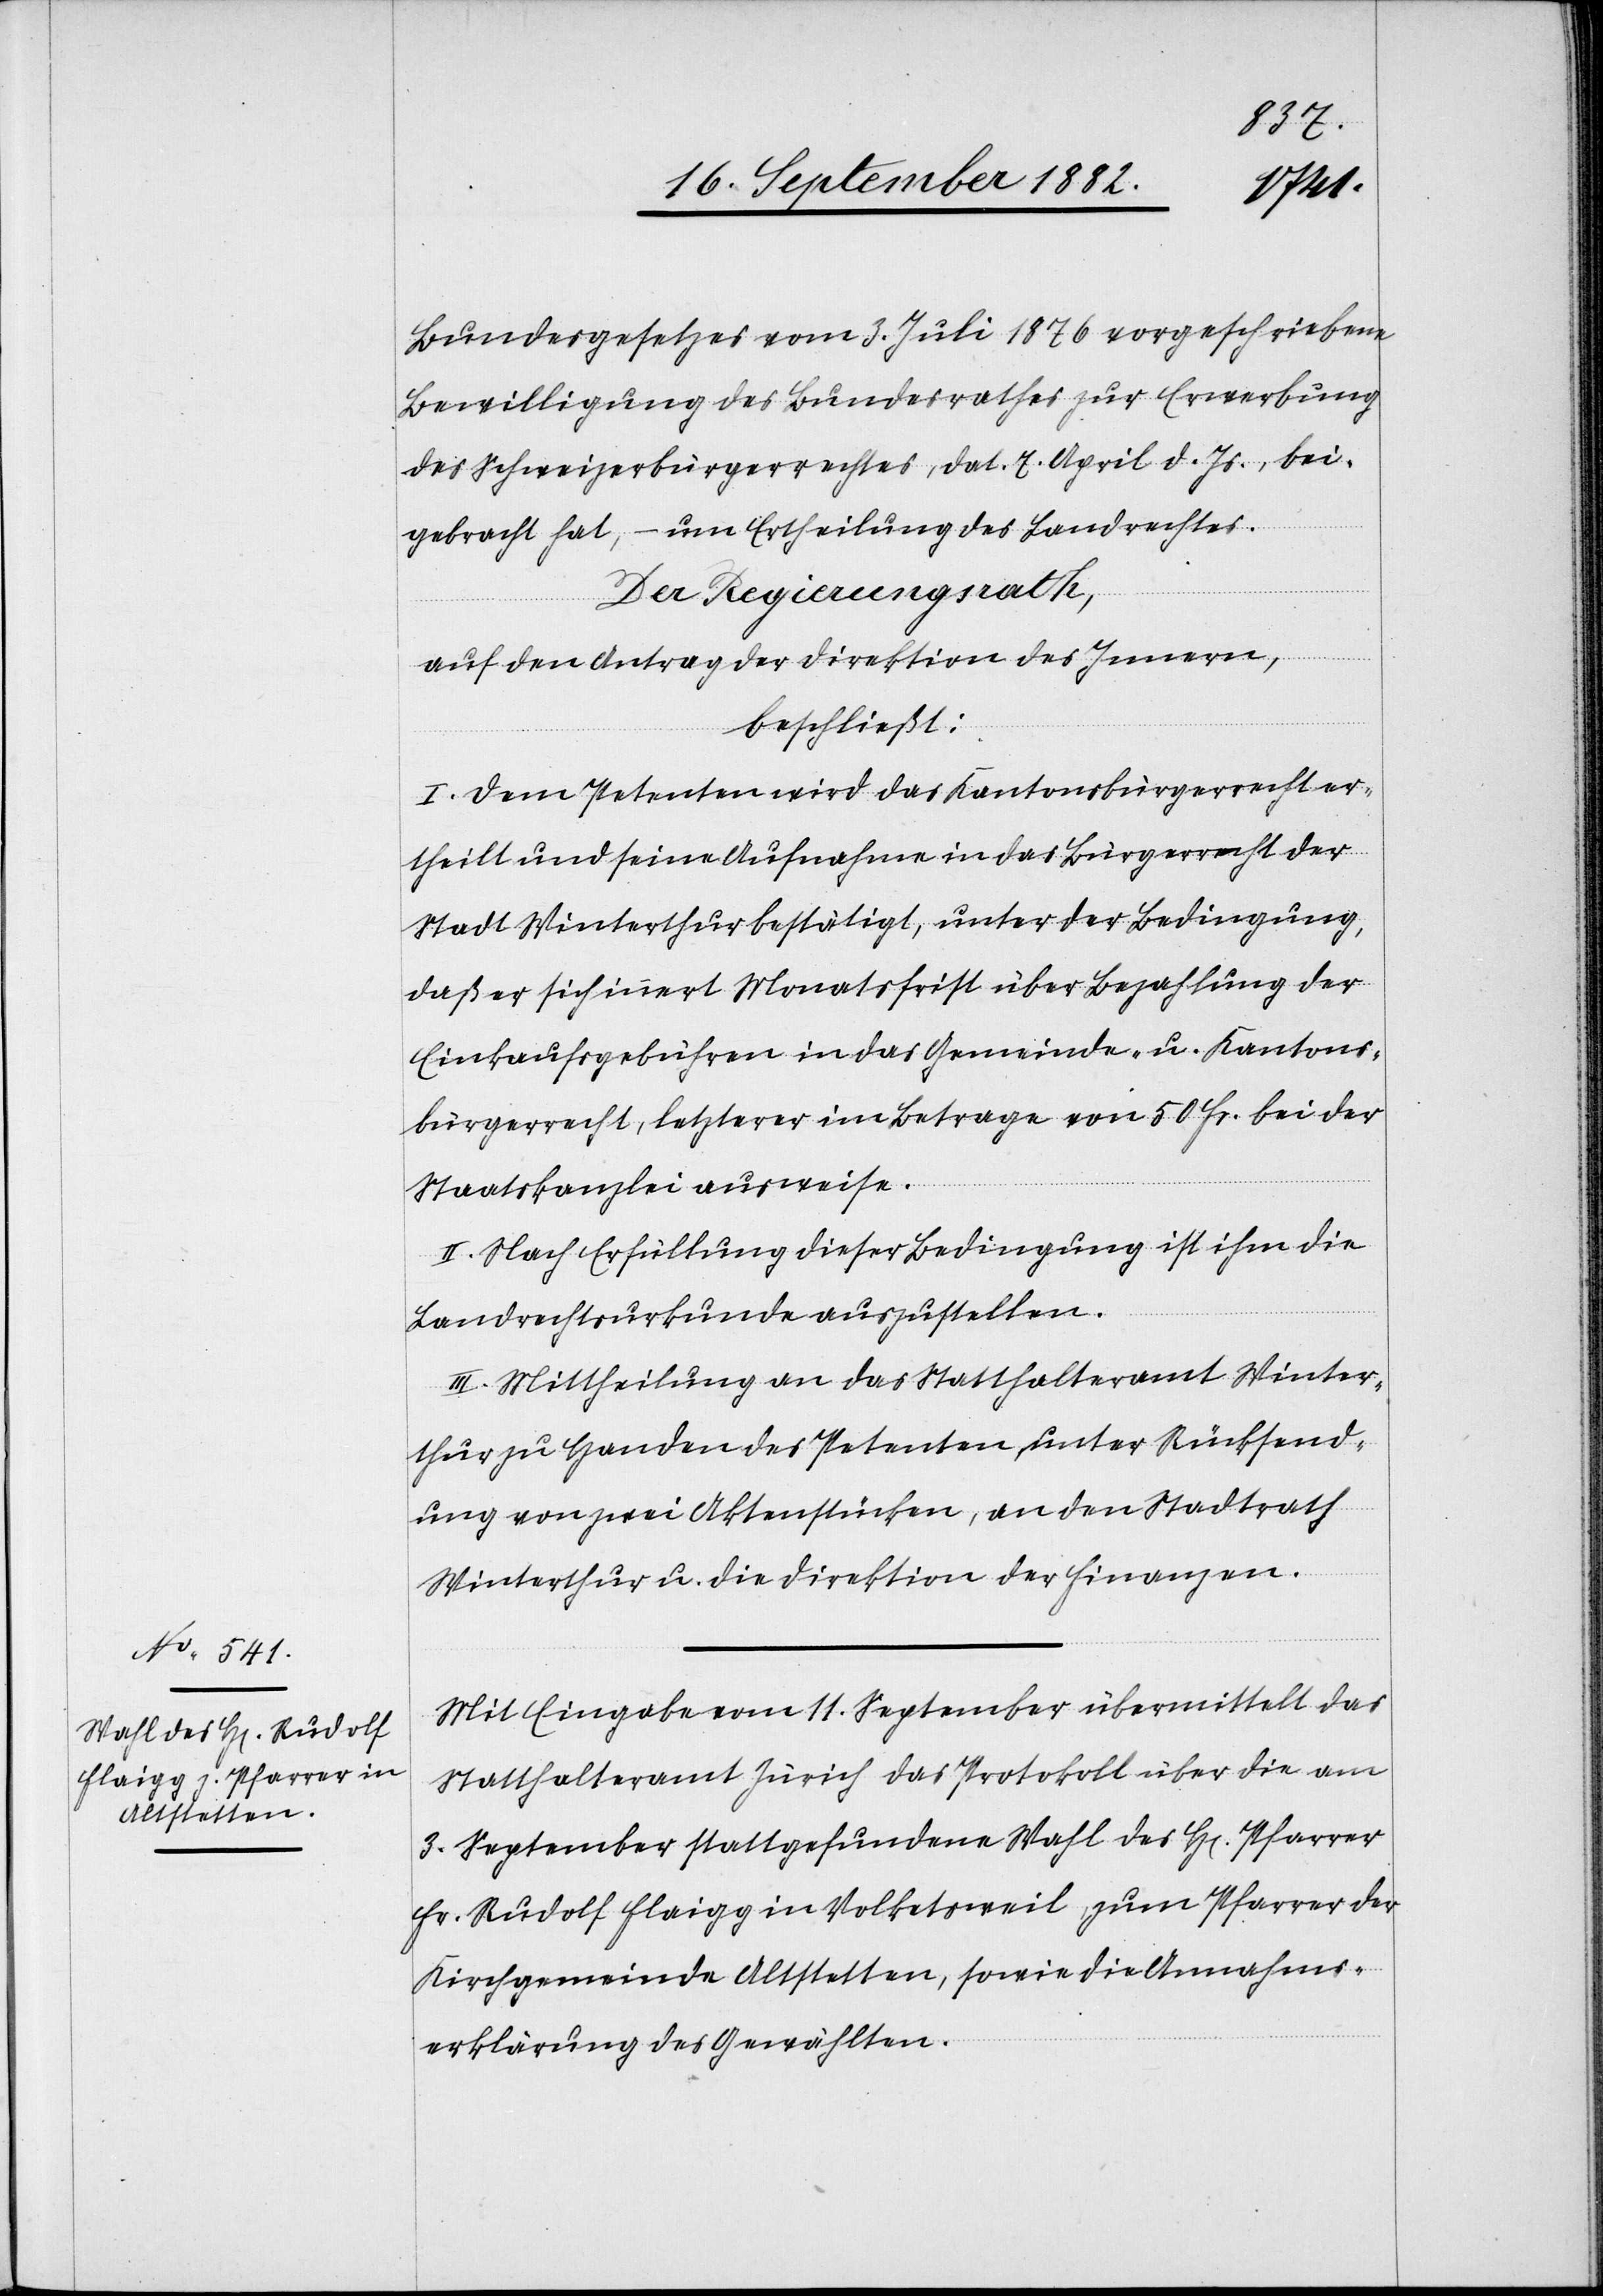
Bundesgesetzes vom 3. Juli 1876 vorgeschriebene
Bewilligung des Bundesrathes zur Erwerbung
des Schweizerbürgerrechtes, dat. 7. April d. Js., bei¬
gebracht hat, – um Ertheilung des Landrechtes.
Der Regierungsrath,
auf den Antrag der Direktion des Innern,
beschließt:
I. Dem Petenten wird das Kantonsbürgerrecht er¬
theilt und seine Aufnahme in das Bürgerrecht der
Stadt Winterthur bestätigt, unter der Bedingung,
daß er sich innert Monatsfrist über Bezahlung der
Einkaufsgebühren in das Gemeinde- u. Kantons¬
bürgerrecht, letzterer im Betrage von 50 Fr. bei der
Staatskanzlei ausweise.
II. Nach Erfüllung dieser Bedingung ist ihm die
Landrechtsurkunde auszustellen.
III. Mittheilung an das Statthalteramt Winter¬
thur zu Handen des Petenten, unter Rücksend¬
ung von zwei Aktenstücken, an den Stadtrath
Winterthur u. die Direktion der Finanzen.
Mit Eingabe vom 11. September übermittelt das
Statthalteramt Zürich das Protokoll über die am
3. September stattgefundene Wahl des H[errn] Pfarrer
Fr. Rudolf Flaigg in Volketsweil, zum Pfarrer der
Kirchgemeinde Altstetten, sowie die Annahms¬
erklärung des Gewählten.